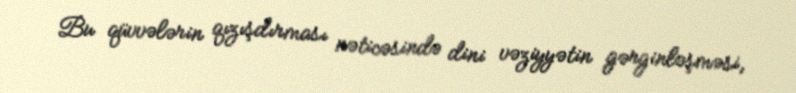
Bu qüvvələrin qızışdırması nəticəsində dini vəziyyətin gərginləşməsi,